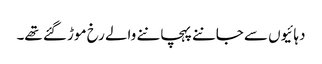
دہائیوں سے جاننے پہچاننے والے رخ موڑ گئے تھے۔